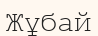
Жұбай